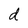
Character: d